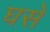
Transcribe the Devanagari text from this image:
घसे